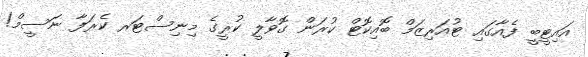
އައިޓީބީ ފެއާގައި ޓުއަރިޒަމް ބޮއިކޮޓް ކުރަން ގޮވާލީ ކުރީގެ މިނިސްޓަރ ކެރަފާ ނަސީމް!